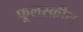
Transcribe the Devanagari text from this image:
फूलस्क्रीन